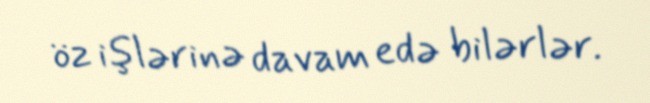
öz işlərinə davam edə bilərlər.